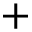
\mathbf { + }